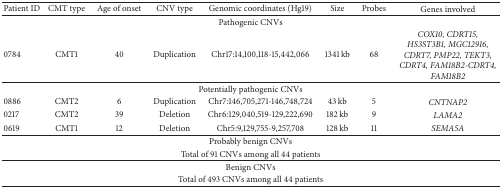
<table><thead><tr><td><b>Patient ID</b></td><td><b>CMT type</b></td><td><b>Age of onset</b></td><td><b>CNV type</b></td><td><b>Genomic coordinates (Hg19)</b></td><td><b>Size</b></td><td><b>Probes</b></td><td><b>Genes involved</b></td></tr></thead><tbody><tr><td colspan="8">Pathogenic CNVs</td></tr><tr><td>0784</td><td>CMT1</td><td>40</td><td>Duplication</td><td>Chr17:14,100,118-15,442,066</td><td>1341 kb</td><td>68</td><td><i>COX10, CDRT15, HS3ST3B1, MGC12916, CDRT7, PMP22, TEKT3, CDRT4, FAM18B2-CDRT4, FAM18B2 </i></td></tr><tr><td colspan="8">Potentially pathogenic CNVs</td></tr><tr><td>0886</td><td>CMT2</td><td>6</td><td>Duplication</td><td>Chr7:146,705,271-146,748,724</td><td>43 kb</td><td>5</td><td><i>CNTNAP2 </i></td></tr><tr><td>0217</td><td>CMT2</td><td>39</td><td>Deletion</td><td>Chr6:129,040,519-129,222,690</td><td>182 kb</td><td>9</td><td><i>LAMA2 </i></td></tr><tr><td>0619</td><td>CMT1 </td><td>12</td><td>Deletion</td><td>Chr5:9,129,755-9,257,708</td><td>128 kb</td><td>11</td><td><i>SEMA5A </i></td></tr><tr><td colspan="8">Probably benign CNVs</td></tr><tr><td colspan="8">Total of 91 CNVs among all 44 patients</td></tr><tr><td colspan="8">Benign CNVs</td></tr><tr><td colspan="8">Total of 493 CNVs among all 44 patients</td></tr></tbody></table>